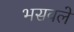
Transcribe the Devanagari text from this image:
भसवले